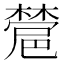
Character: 𣜺